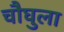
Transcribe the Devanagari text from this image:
चौघुला